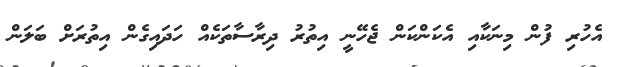
އެހުރި ފުން މިނަކާއި އެކަންކަން ޖެހޭނީ އިތުރު ދިރާސާތަކެއް ހަދައިގެން އިތުރަށް ބަލަން